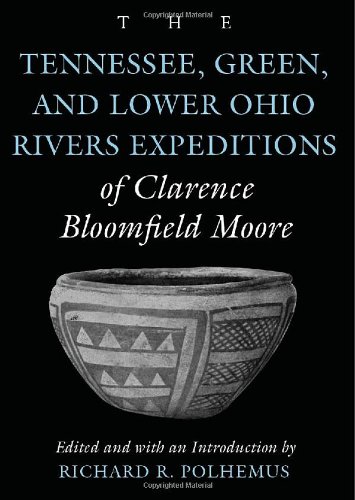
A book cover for The Tennessee, Green, and Lower Ohio Rivers Expeditions of Clarence Bloomfield Moore (Classics Southeast Archaeology); Clarence  Bloomfield Moore; Travel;